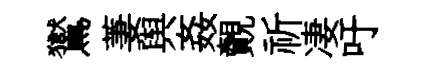
鸑萋舆姦覿祈凄吁